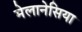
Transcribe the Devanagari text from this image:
मेलानेसिया